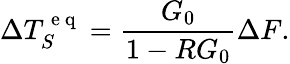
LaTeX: \Delta T_{S}^{\mathrm{~e~q~}}=\frac{G_{0}}{1-RG_{0}}\Delta F.